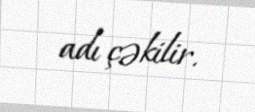
adı çəkilir.